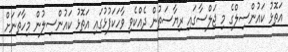
އަތޮޅު ކައުންސިލްގެ މި ޖަލްސާގައި ރިޔާސަތުން ދެއްކެވި ވާހަކަފުޅުގައި އަތޮޅު ކައުންސިލުން މިހާތަނަށް